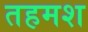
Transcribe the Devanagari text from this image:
तहमश